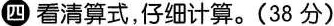
四看清算式，仔细计算。(38分)